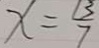
x = \frac { 1 3 } { 7 }